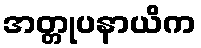
အတ္တုပနာယိက